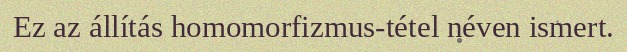
Ez az állítás homomorfizmus-tétel néven ismert.